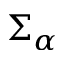
\Sigma _ { \alpha }